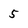
Character: 5